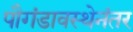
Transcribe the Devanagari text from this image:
पौगंडावस्थेनंतर